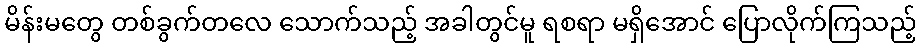
မိန်းမတွေ တစ်ခွက်တလေ သောက်သည့် အခါတွင်မူ ရစရာ မရှိအောင် ပြောလိုက်ကြသည့်